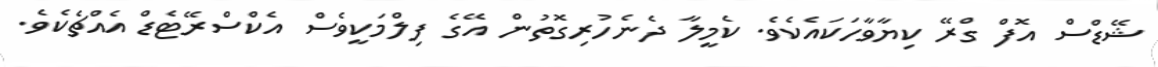
ޝޭޑްސް އޮފް ގްރޭ ކިޔާވާހަކައެކެވެ. ކެމީލާ ދެނެހުރިގޮތުން އޭގެ ފިލްމަކީވެސް އެކްސްރޭޓެޑް އެއްޗެކެވެ.